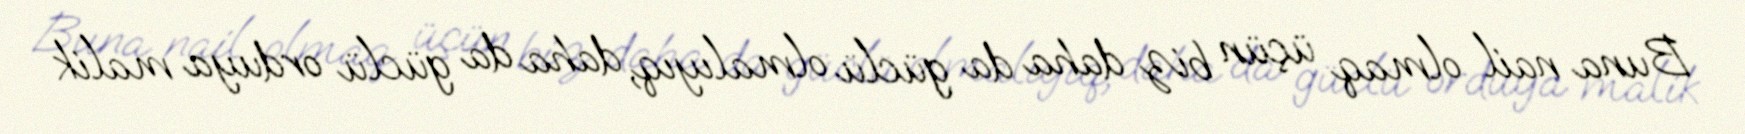
Buna nail olmaq üçün biz daha da güclü olmalıyıq, daha da güclü orduya malik